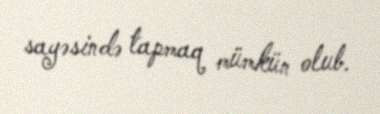
sayəsində tapmaq mümkün olub.